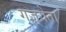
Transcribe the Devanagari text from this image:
गज़्येता